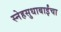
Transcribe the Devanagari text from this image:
स्नेहसुधाबाईंचा